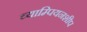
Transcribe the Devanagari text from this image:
च्याम्पियनशीप